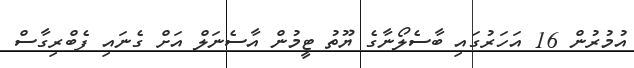
އުމުރުން 16 އަހަރުގައި ބާސެލޯނާގެ ޔޫތު ޓީމުން އާސެނަލް އަށް ގެނައި ފެބްރިގާސް